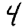
Digit: 4